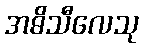
အဓိသီလေသု